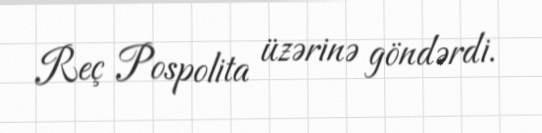
Reç Pospolita üzərinə göndərdi.